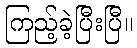
ကြည့်ခဲ့ပြီးပြီ။